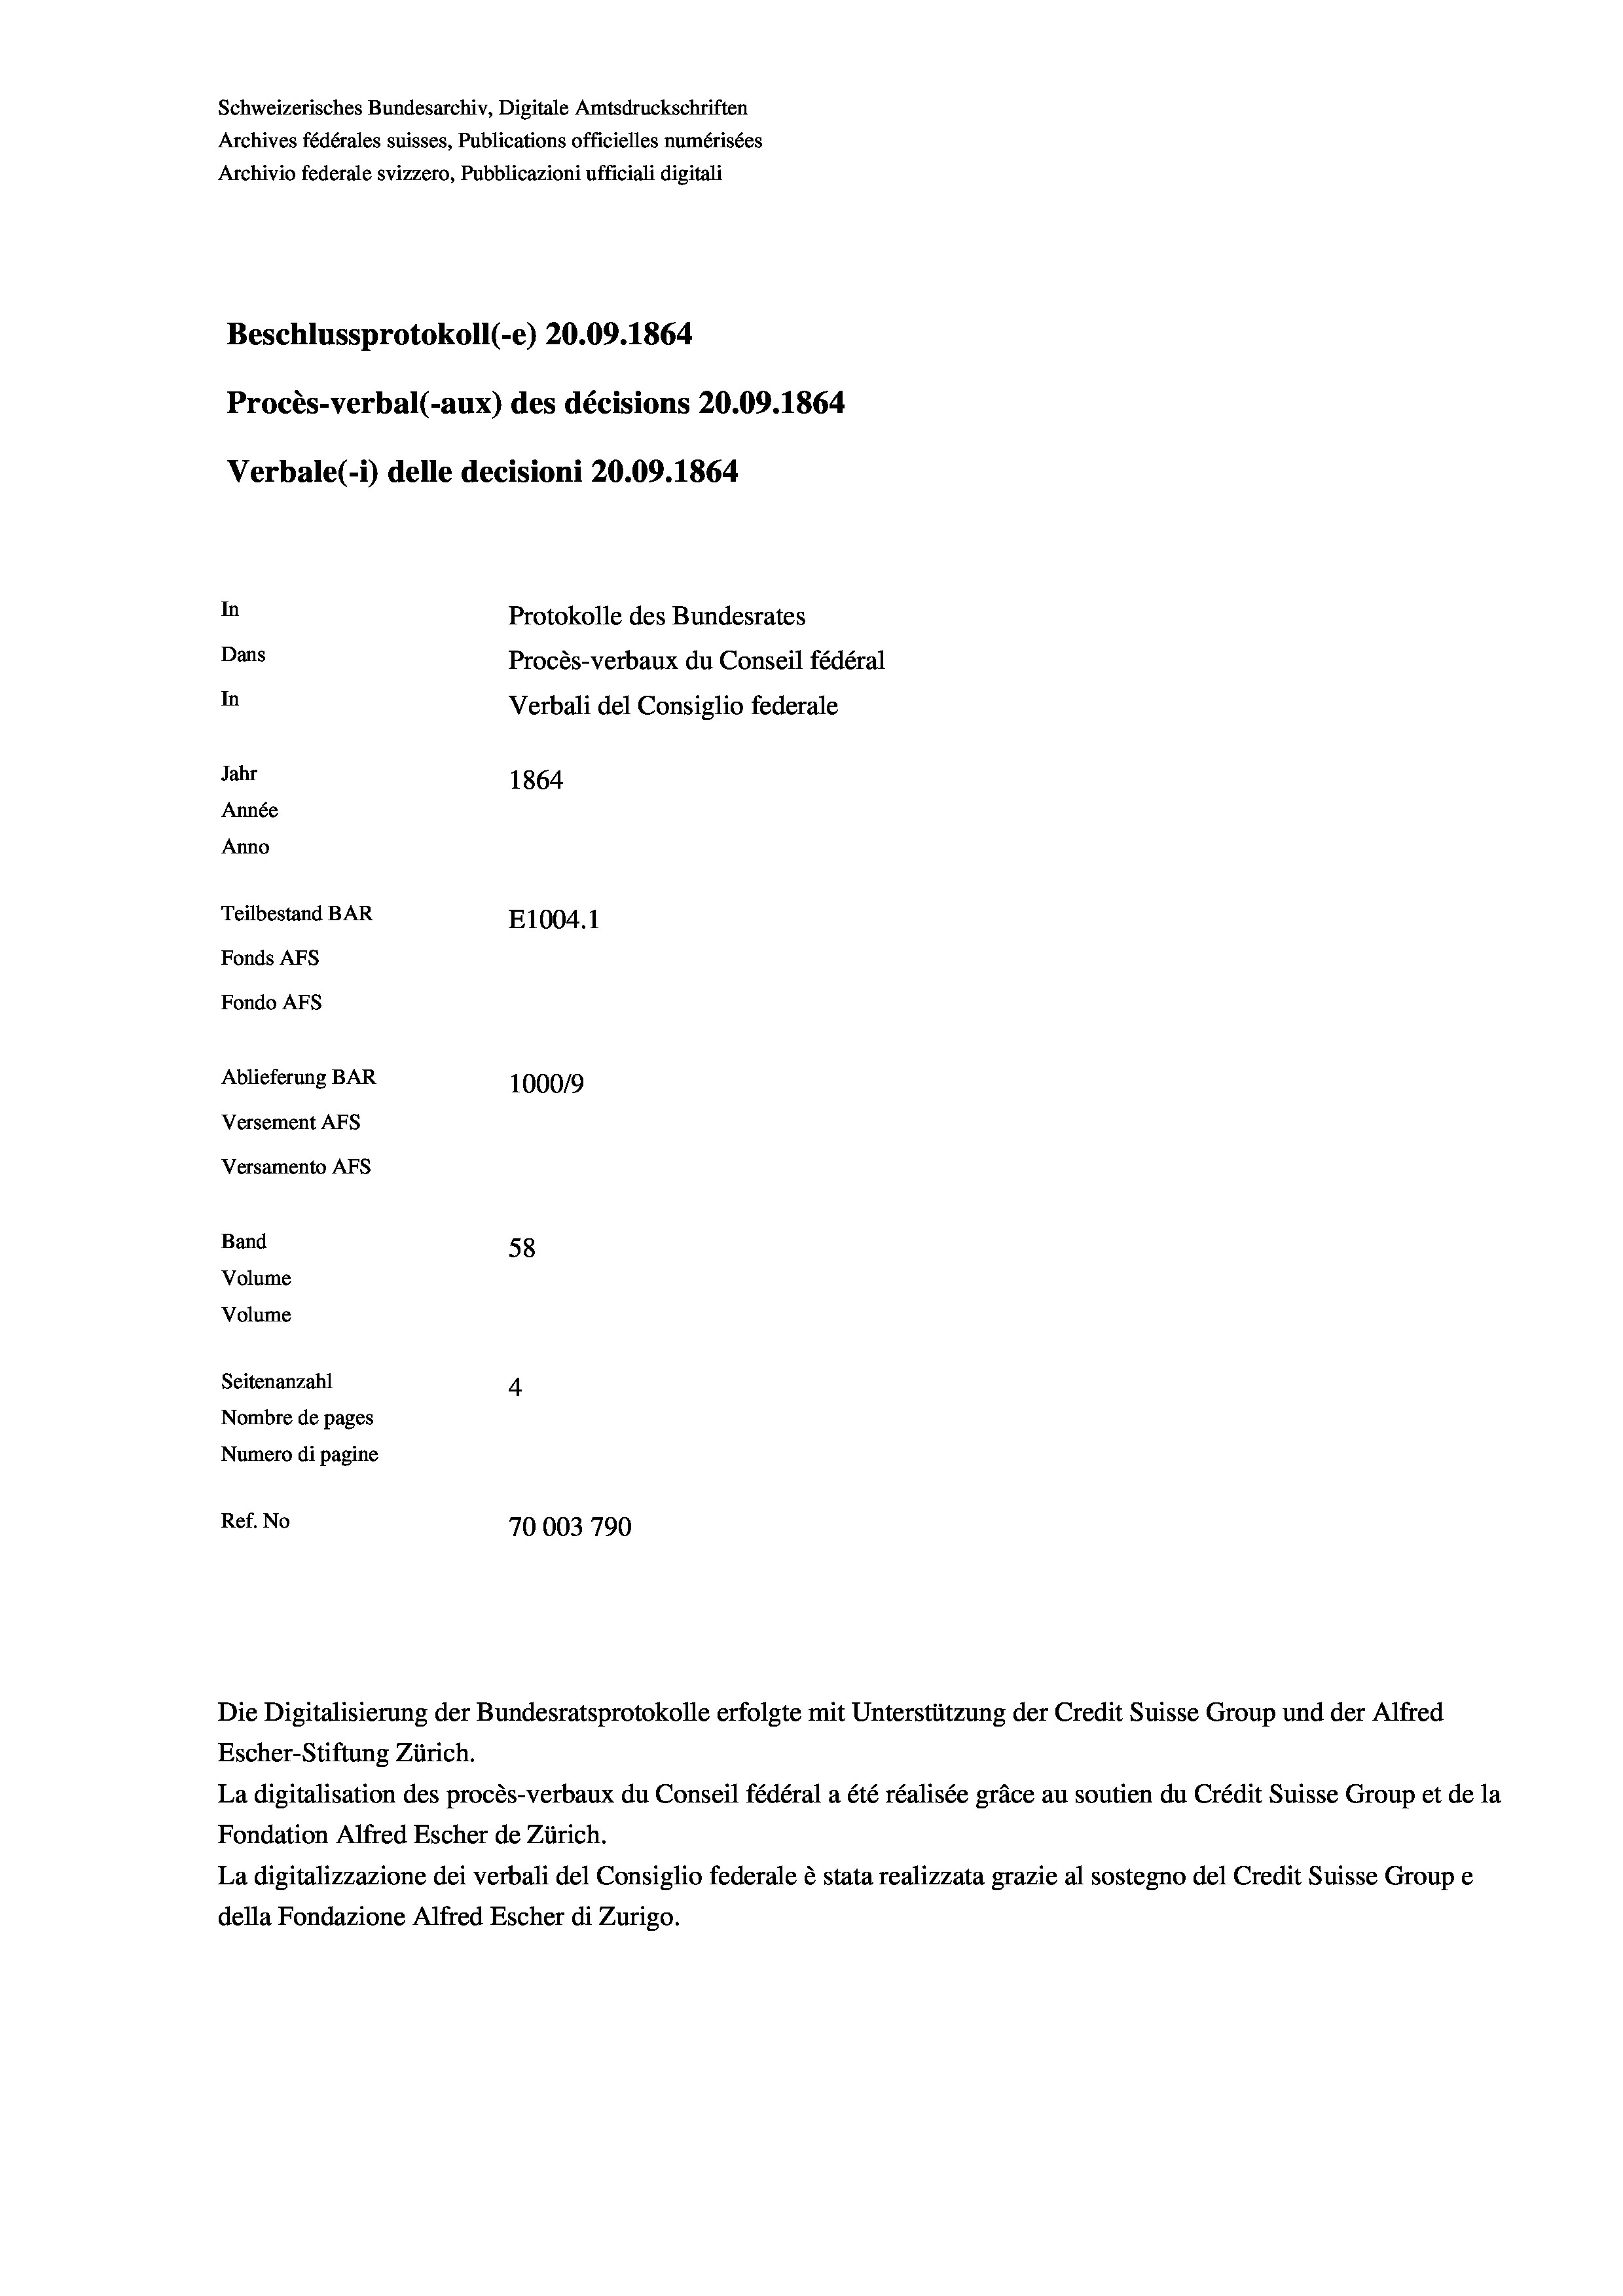
Schweizerisches Bundesarchiv, Digitale Amtsdruckschriften
Archives fédérales suisses, Publications officielles numérisées
Archivio federale svizzero, Pubblicazioni ufficiali digitali
Beschlussprotokoll (-e) 20.09. 1864
Procès-verbal (-aux) des décisions 20.09. 1864
Verbale (1) delle decisioni 20.09. 1864
In
Protokolle des Bundesrates
Dans
Procès-verbaux du Conseil fédéral
In
Verbali del Consiglio federale
Jahr
1864
Année
Anno
Teilbestand BAR
E1004.1
Fonds Afs
Fondo Afs

Ablieferung BAR
Versement AFs
Versamento Afs
Band
Volume
Volume

100019
58
Seitenanzahl
4
Nombre de pages
Numero di pagine
Ref. No
70003790

Escher-Stiftung Zürich.
La digitalisation des procès-verbaux du Conseil fédéral a été réalisée gräce au soutien du Crédit Suisse Group et de la
Fondation Alfred Escher de Zürich.
La digitalizzazione dei verbali del Consiglio federale è stata realizzata grazie al sostegno del Credit Suisse Groupe
della Fondazione Alfred Escher di Zurigo.

Die Digitalisierung der Bundesratsprotokolle erfolgte mit Unterstützung der Credit Suisse Group und der Alfred